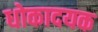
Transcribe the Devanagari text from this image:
धोकादयक